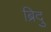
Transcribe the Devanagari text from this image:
ब्रिदु